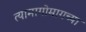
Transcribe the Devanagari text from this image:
त्यामागोमागच्या